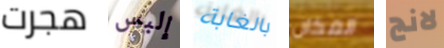
هجرت إلبس بالغابة المكان لانج